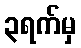
၃ရက်မှ